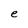
Character: e